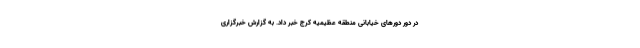
در دور دورهای خیابانی منطقه عظیمیه کرج خبر داد. به گزارش خبرگزاری